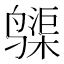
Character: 𱊨